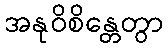
အနုဝိစိန္တေတွာ